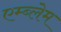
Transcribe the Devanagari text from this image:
एम्ब्लेम